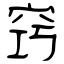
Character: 窍